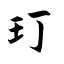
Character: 玎